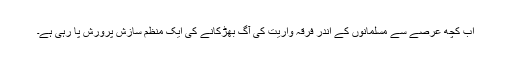
اب کچھ عرصے سے مسلمانوں کے اندر فرقہ واریت کی آگ بھڑکانے کی ایک منظم سازش پرورش پا رہی ہے۔